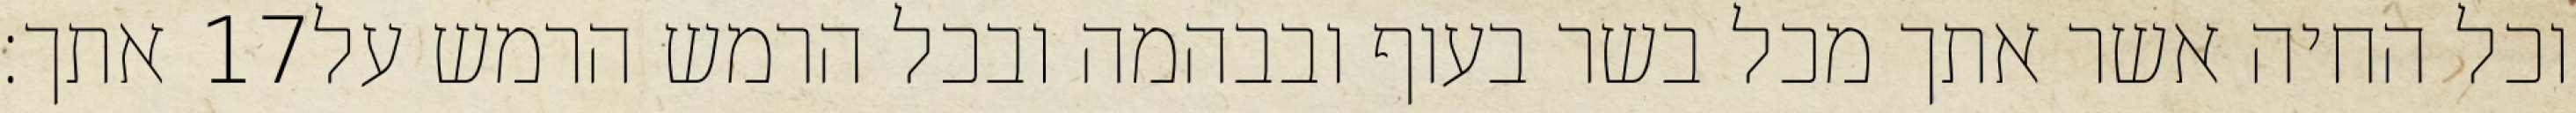
אתך׃ ‎17‏ וכל החיה אשר אתך מכל בשר בעוף ובבהמה ובכל הרמש הרמש על